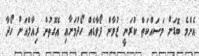
އެންމެ ބޮޑަށް މަސައްކަތް ކުރަނީ ޒުވާން ފޯވާޑެއް ހޯދުމަށާއި އެގޮތުން ރިއާލްއަށް ހޯދާ